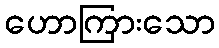
ဟောကြားသော